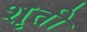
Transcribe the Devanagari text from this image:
शृती